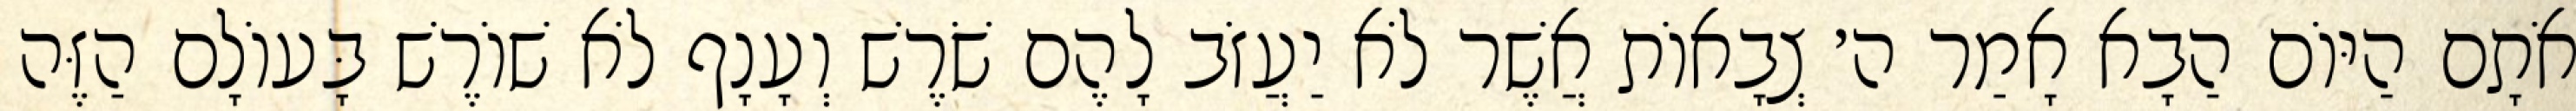
אֹתָם הַיּוֹם הַבָא אָמַר ה׳ צְבָאוֹת אֲשֶׁר לֹא יַעֲזֹב לָהֶם שֹׁרֶשׁ וְעָנָף לֹא שׁוֹרֶשׁ בָּעוֹלָם הַזֶּה